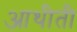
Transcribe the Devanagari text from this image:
आथीती